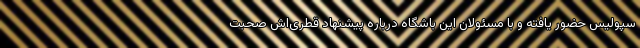
سپولیس حضور یافته و با مسئولان این باشگاه درباره پیشنهاد قطری‌اش صحبت